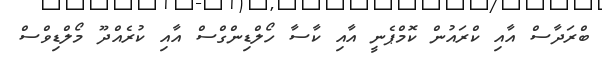
ބްރަދާސް އާއި ކްރައުން ކޮމްޕެނީ އާއި ކާސާ ހޯލްޑިންގްސް އާއި ކުރެއްދޫ މޯލްޑިވްސް